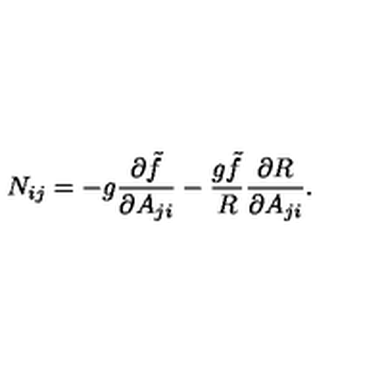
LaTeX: N _ { i j } = - g { \frac { \partial \tilde { f } } { \partial A _ { j i } } } - { \frac { g \tilde { f } } { R } } { \frac { \partial R } { \partial A _ { j i } } } .